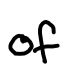
Text: of
Cross-out: clean
Writing tool: digital_black